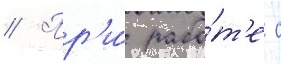
// Пр'и́ рабо́т'е с